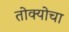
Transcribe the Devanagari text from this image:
तोक्योचा